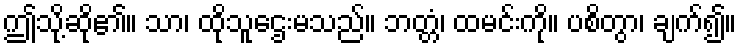
ဤသို့ဆို၏။ သာ၊ ထိုသူဌေးမသည်။ ဘတ္တံ၊ ထမင်းကို။ ပစိတွာ၊ ချက်၍။